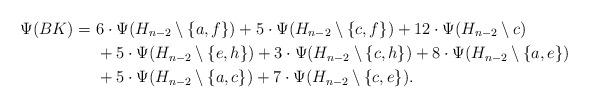
LaTeX: \begin{align*}\Psi (BK) =\ &6\cdot \Psi(H_{n-2}\setminus \{a,f\}) + 5\cdot \Psi(H_{n-2}\setminus \{c,f\})+12\cdot \Psi(H_{n-2}\setminus c) \\&+5\cdot \Psi(H_{n-2}\setminus \{e,h\})+3\cdot \Psi(H_{n-2}\setminus \{c,h\})+8\cdot \Psi(H_{n-2}\setminus \{a,e\})\\&+5\cdot \Psi(H_{n-2}\setminus \{a,c\})+7\cdot \Psi(H_{n-2}\setminus\{c,e\}).\end{align*}